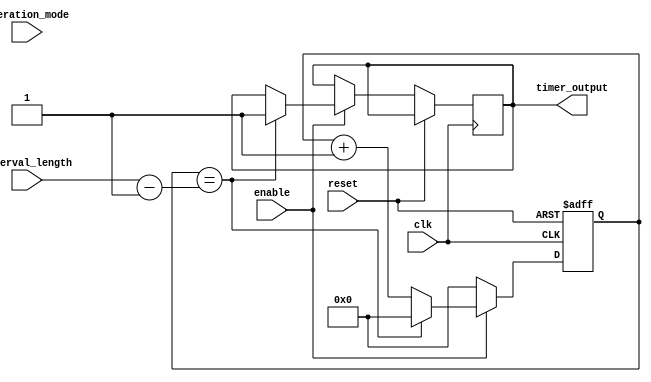
module Interval_timer (
    input wire clk,
    input wire reset,
    input wire enable,
    input wire [31:0] interval_length,
    input wire operation_mode,
    output reg timer_output
);

reg [31:0] count;

always @ (posedge clk or posedge reset)
begin
    if (reset)
        count <= 0;
    else if (enable)
    begin
        if (count == interval_length - 1)
        begin
            count <= 0;
            timer_output <= 1;
        end
        else
            count <= count + 1;
    end
    else
        count <= 0;
end

endmodule